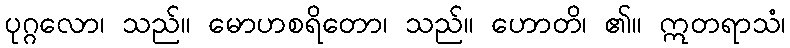
ပုဂ္ဂလော၊ သည်။ မောဟစရိတော၊ သည်။ ဟောတိ၊ ၏။ ဣတရာသံ၊